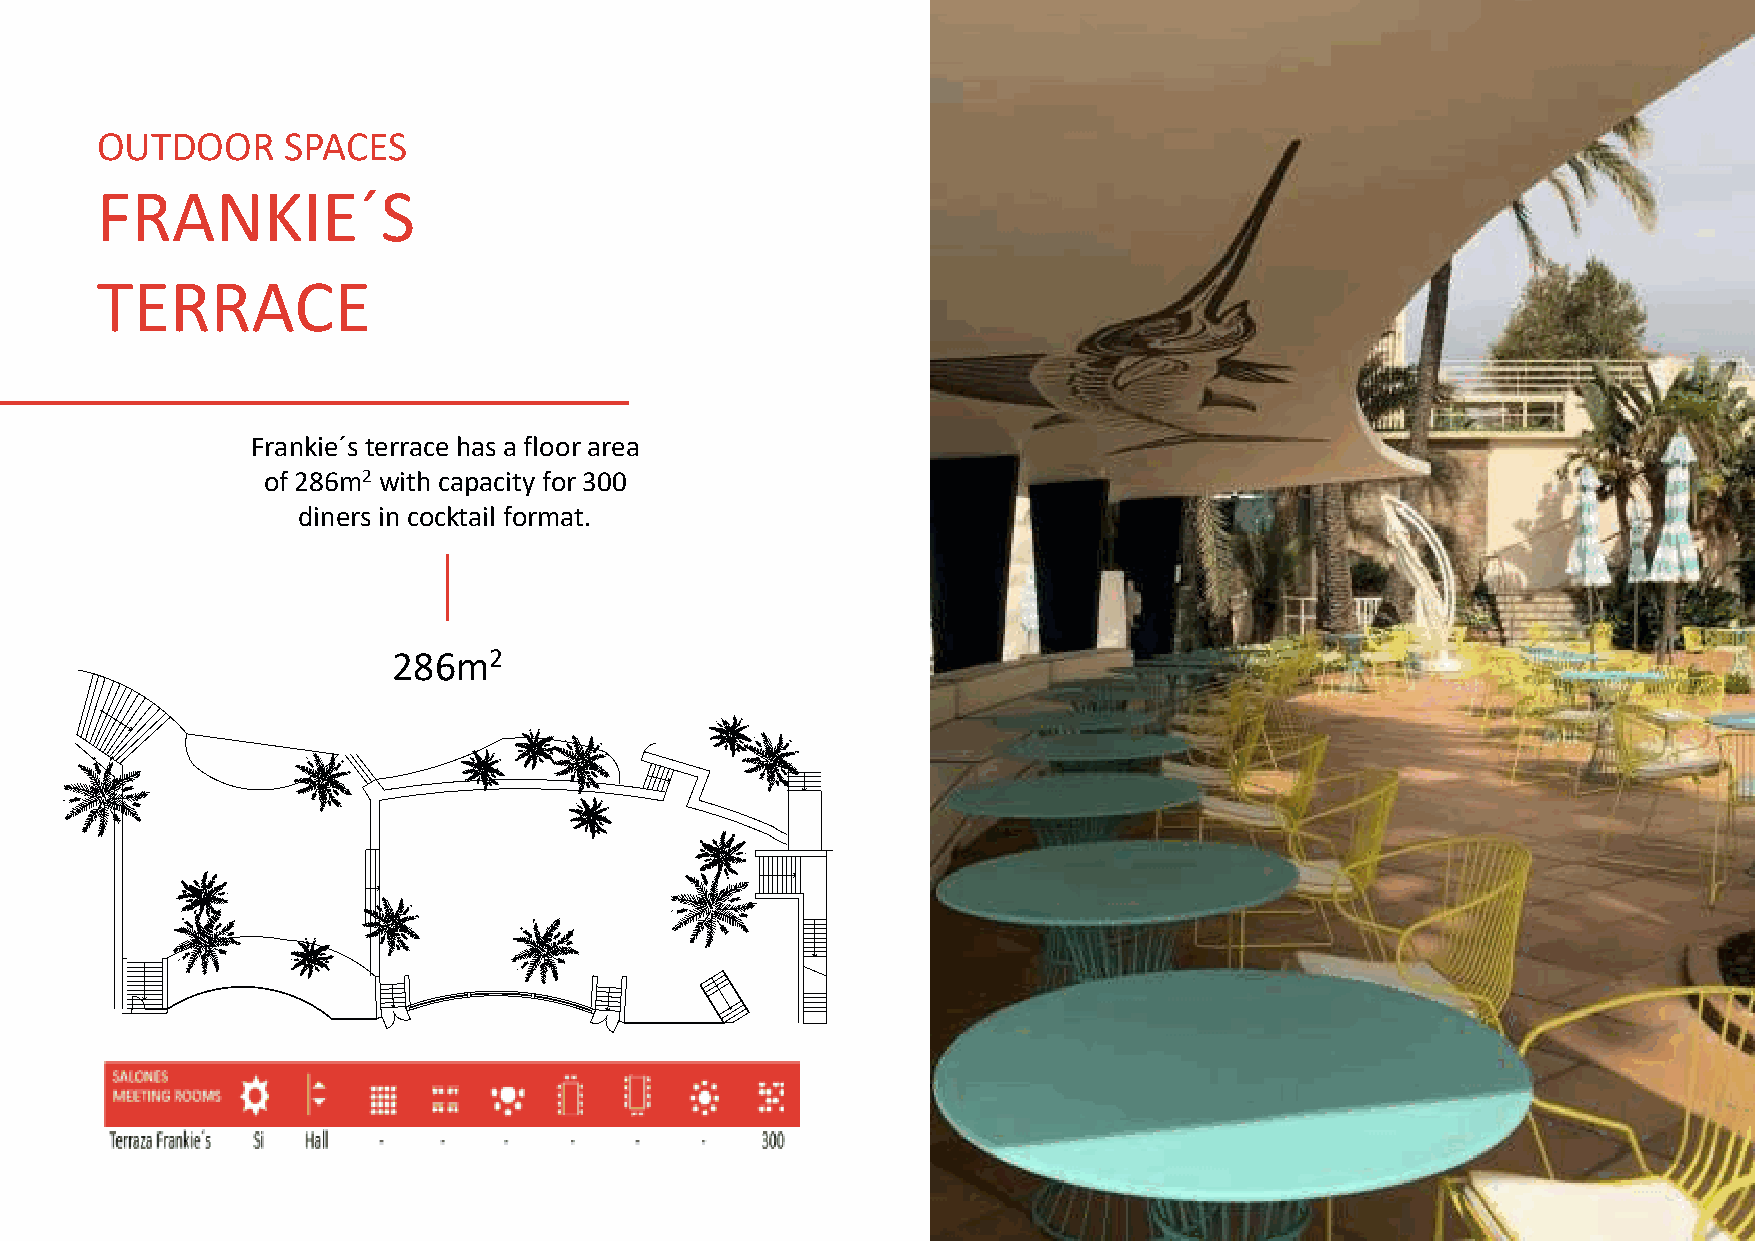
OUTDOOR      SPACES
 FRANKIE´S
 TERRACE
 Frankie´s terrace has a floor area
 of 286m2 with capacity for 300
 diners in cocktail format.
 286m2